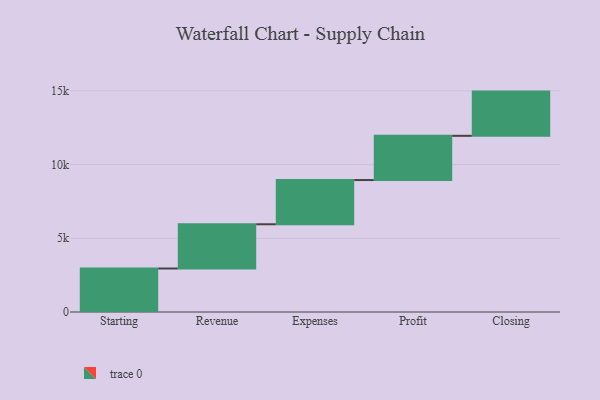
{"axis": {"x": "Step", "y": "Value"}, "legend": [""], "data": [{"x": "Starting", "y": 2951.0, "type": ""}, {"x": "Revenue", "y": 3000, "type": ""}, {"x": "Expenses", "y": 3000, "type": ""}, {"x": "Profit", "y": 3000, "type": ""}, {"x": "Closing", "y": 3000, "type": ""}]}